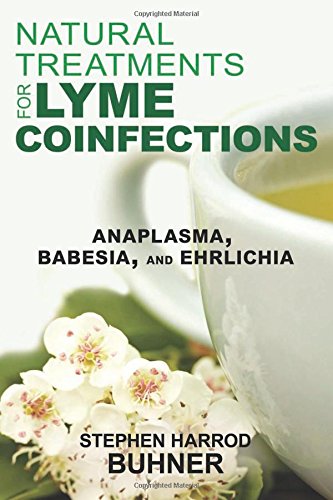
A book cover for Natural Treatments for Lyme Coinfections: Anaplasma, Babesia, and Ehrlichia; Stephen Harrod Buhner; Health, Fitness & Dieting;